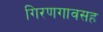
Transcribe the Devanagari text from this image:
गिरणगावसह